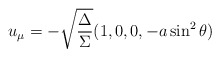
\begin{align*}u_\mu= - \sqrt {\frac{\Delta}{\Sigma}} (1,0,0,-a\sin^2 \theta)\end{align*}